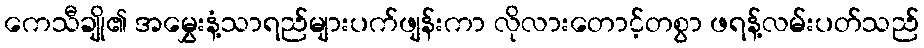
ကေသီချို၏ အမွှေးနံ့သာရည်များပက်ဖျန်းကာ လိုလားတောင့်တစွာ ဖရန့်လမ်းပတ်သည်